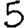
Digit: 5